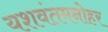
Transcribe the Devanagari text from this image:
यशवंतमनोहर